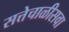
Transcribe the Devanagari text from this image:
सत्तेचाळीसवा